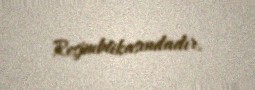
Respublikasındadır.